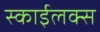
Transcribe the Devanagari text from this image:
स्काईलक्स